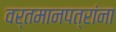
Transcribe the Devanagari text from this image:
वर्तमानपत्रांना